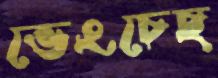
ভেংচেছ